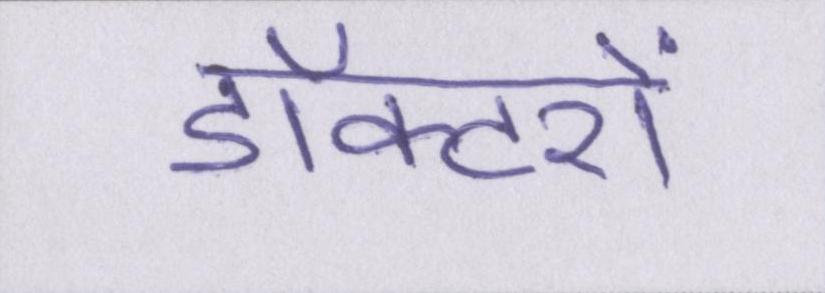
डॉक्टरों